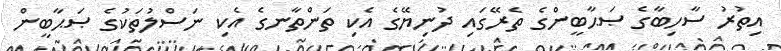
އިތުރު ސާހިބާގެ ޞަޙާބީންގެ ތެރޭގައި ދުނިޔޭގެ އެކި ތަންތާނގެ އެކި ނަސްލުތަކުގެ ޞަޙާބީން